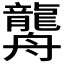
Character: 𦪿